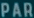
PAR